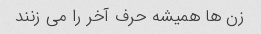
زن ها همیشه حرف آخر را می زنند